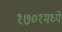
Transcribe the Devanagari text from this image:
१७०१मध्ये